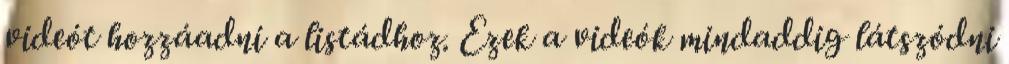
videót hozzáadni a listádhoz. Ezek a videók mindaddig látszódni